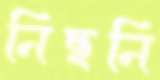
নিছনি